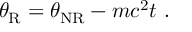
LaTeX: \theta _ { \mathrm { R } } = \theta _ { \mathrm { N R } } - m c ^ { 2 } t \ .